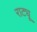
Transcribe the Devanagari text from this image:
राट्यू